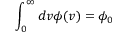
\int _ { 0 } ^ { \infty } d v \phi ( v ) = \phi _ { 0 }